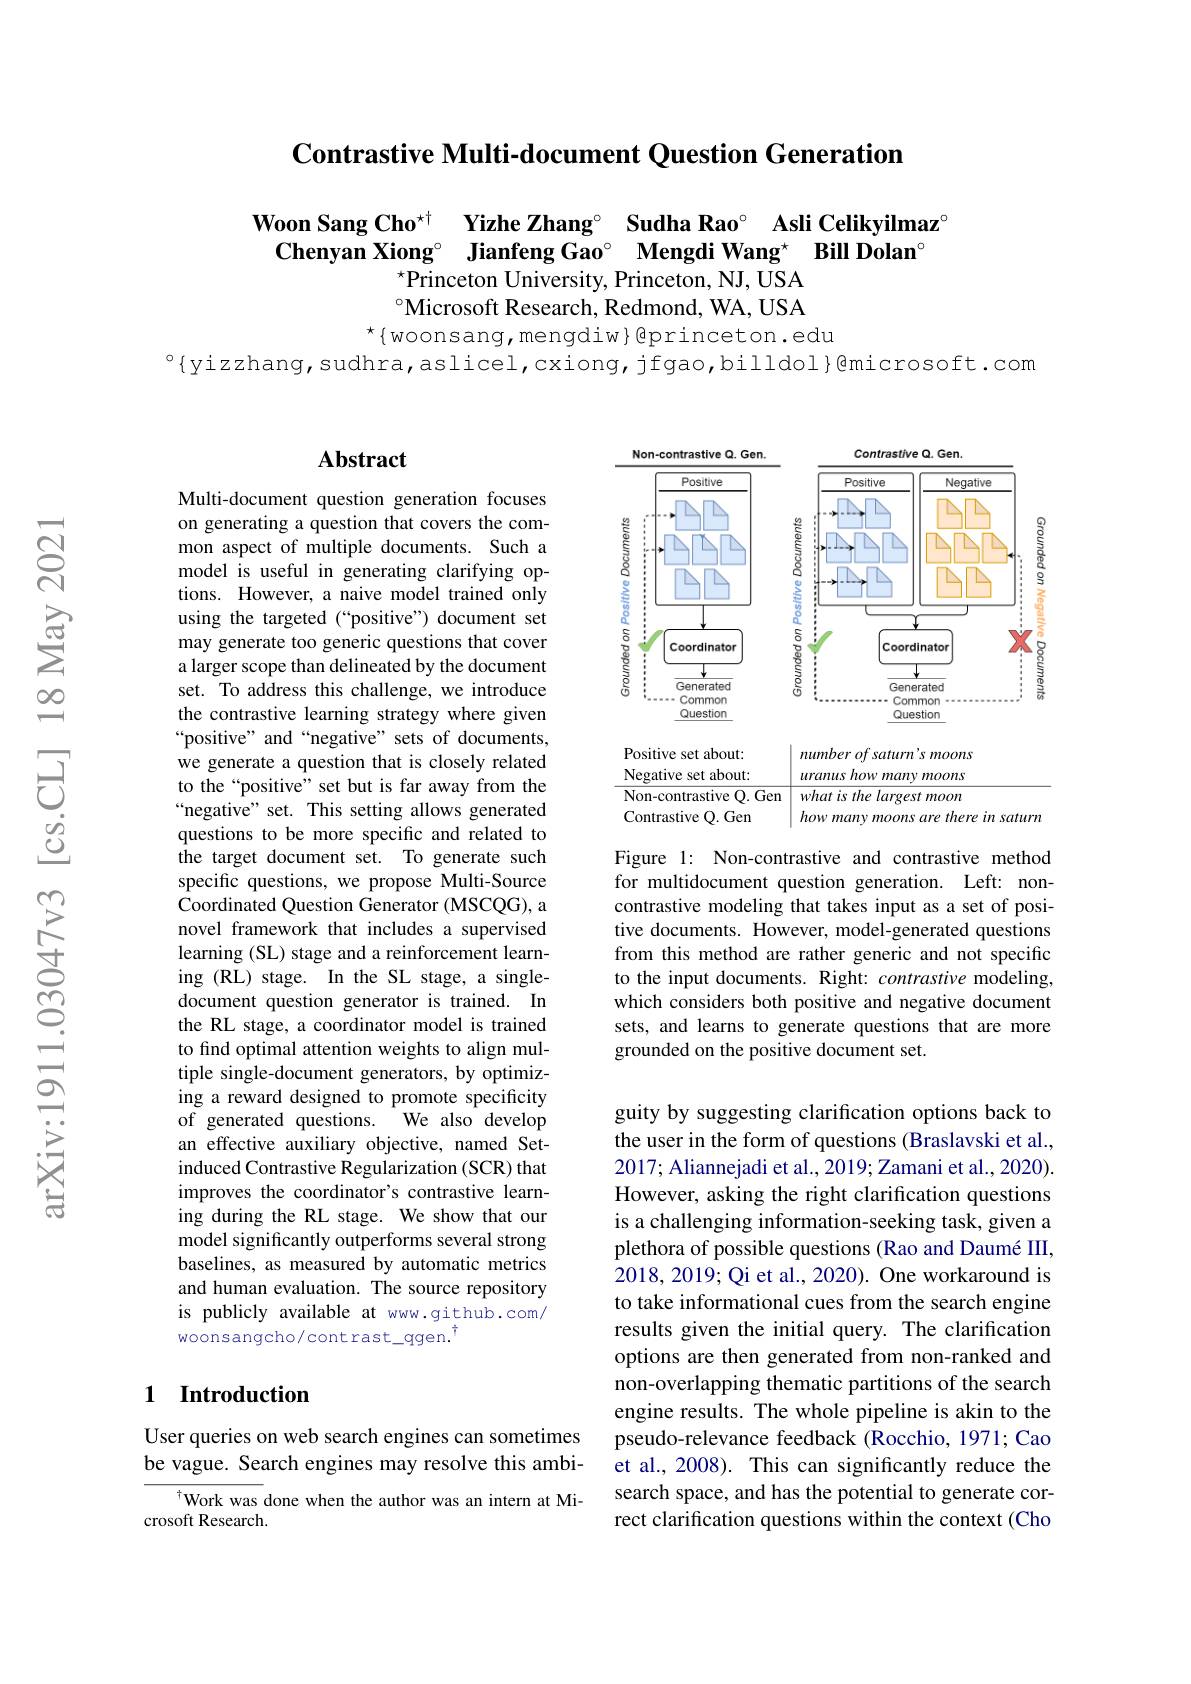
Contrastive Multi-document Question Generation

$\begin{array}{cc}\mathbf{Woon~Sang~Cho^{\star\dagger}}&\text{Yizhe Zhang°}&\textbf{Sudha Rao}^{\circ}&\textbf{Asli Celikyilmaz}^{\circ}\\\mathbf{Chenyan~Xiong^{\circ}}&\textbf{Jianfeng Gao}^{\circ}&\textbf{Mengdi Wang}^{\star}&\textbf{Bill Dolan}^{\circ}\end{array}$
$\bar{\text{Princeton University, Princeton, NJ, USA}}$ $^{\circ}$Microsoft Research, Redmond, WA, USA

$^{\star}\{$woonsang,mengdiw}Qprinceton.edu

$^{\circ}\{$yizzhang,sudhra,aslicel,cxiong,jfgao,billdol}@microsoft.com

### $\mathbf{Abstract}$

Multi-document question generation focuses on generating a question that covers the common aspect of multiple documents. Such a model is useful in generating clarifying options. However, a naive model trained only using the targeted (“positive”) document set may generate too generic questions that cover a larger scope than delineated by the document set. To address this challenge, we introduce the contrastive learning strategy where given “positive” and“negative” sets of documents, we generate a question that is closely related to the“positive”set but is far away from the “negative” set. This setting allows generated questions to be more specific and related to the target document set. To generate such specific questions, we propose Multi-Source Coordinated Question Generator (MSCQG), a novel framework that includes a supervised learning (SL) stage and a reinforcement learning (RL) stage. In the SL stage, a singledocument question generator is trained. In the RL stage, a coordinator model is trained to find optimal attention weights to align multiple single-document generators, by optimizing a reward designed to promote specificity of generated questions. We also develop an effective auxiliary objective, named Setinduced Contrastive Regularization (SCR) that improves the coordinator's contrastive learning during the RL stage. We show that our model significantly outperforms several strong baselines, as measured by automatic metrics and human evaluation. The source repository is publicly available at www.github.com/ $woonsangcho/contrast_qgen.^{\dagger}$

### 1 Introduction

User queries on web search engines can sometimes be vague. Search engines may resolve this ambi-

$^{\dagger}$Work was done when the author was an intern at Mi-
crosoft Research.

<FigureHere>

Figure 1: Non-contrastive and contrastive method for multidocument question generation. Left: noncontrastive modeling that takes input as a set of positive documents. However, model-generated questions from this method are rather generic and not specific to the input documents. Right: contrastive modeling, which considers both positive and negative document sets, and learns to generate questions that are more grounded on the positive document set.

guity by suggesting clarification options back to the user in the form of questions (Braslavski et al., 2017; Aliannejadi et al., 2019; Zamani et al., 2020). However, asking the right clarification questions is a challenging information-seeking task, given a plethora of possible questions (Rao and Daumé III, 2018,2019; Qi et al., 2020). One workaround is to take informational cues from the search engine results given the initial query. The clarification options are then generated from non-ranked and non-overlapping thematic partitions of the search engine results. The whole pipeline is akin to the pseudo-relevance feedback (Rocchio, 1971; Cao et al., 2008). This can significantly reduce the search space, and has the potential to generate correct clarification questions within the context (Cho